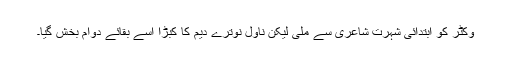
وکٹر کو ابتدائی شہرت شاعری سے ملی لیکن ناول نوترے دیم کا کبڑا اسے بقائے دوام بخش گیا۔